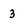
Character: 3